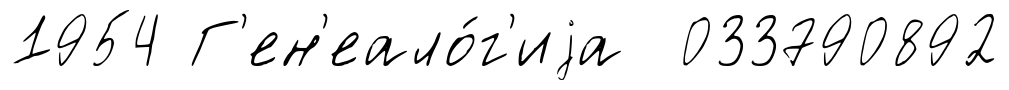
1954 Г'ен'еало́г'иjа 033790892